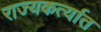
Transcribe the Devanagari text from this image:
राज्यकर्त्यात